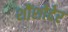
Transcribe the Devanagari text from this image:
शौंशोदेर